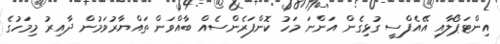
އިންޓަޕޯލާއި އޭއެފްސީ ގުޅިގެން އަންނަ މަހު ކޮންފަރެންސެއް ބާއްވަން ތައްޔާރުވަމުން ދާއިރު މިމަހުގެ